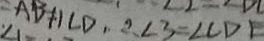
\angle C + \angle D + 2 \angle 3 = \angle C D E